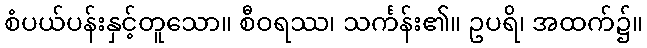
စံပယ်ပန်းနှင့်တူသော။ စီဝရဿ၊ သင်္ကန်း၏။ ဥပရိ၊ အထက်၌။